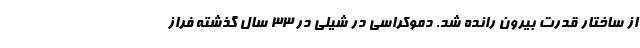
از ساختار قدرت بیرون رانده شد. دموکراسی در شیلی در 33 سال گذشته فراز